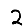
Digit: 2